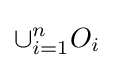
\cup _{i=1}^{n}O_{i}